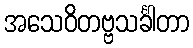
အသေဝိတဗ္ဗသင်္ခါတာ